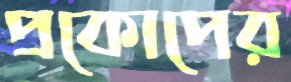
প্রকোপের